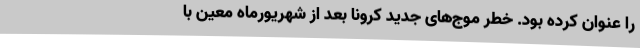
را عنوان کرده بود. خطر موج‌های جدید کرونا بعد از شهریورماه معین با